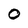
Character: O